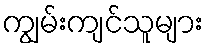
ကျွမ်းကျင်သူများ